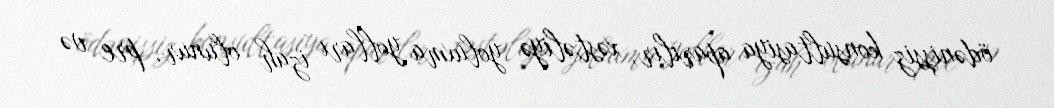
ödənişsiz konsultasiya aparılır, xəstəliyə yoluxma yolları izah olunur, pre və